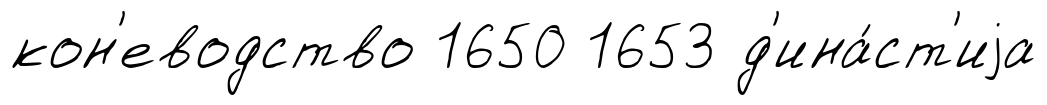
кон'еводство 1650 1653 д'ина́ст'иjа